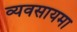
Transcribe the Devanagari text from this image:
व्यवसायमा